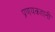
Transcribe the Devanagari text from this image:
प्रणयकहानी